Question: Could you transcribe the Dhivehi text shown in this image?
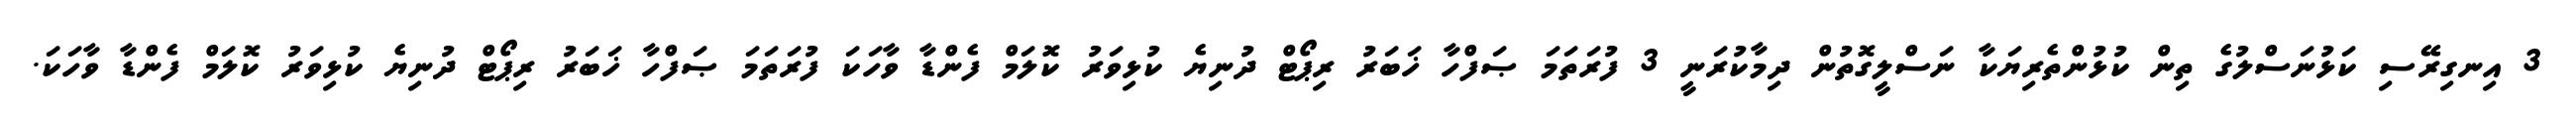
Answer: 3 އިނގިރޭސި ކަޅުނަސްލުގެ ތިން ކުޅުންތެރިޔަކާ ނަސްލީގޮތުން ދިމާކުރަނީ 3 ފުރަތަމަ ޞަފްހާ ޚަބަރު ރިޕޯޓް ދުނިޔެ ކުޅިވަރު ކޮލަމް ފެންޑާ ވާހަކަ ފުރަތަމަ ޞަފްހާ ޚަބަރު ރިޕޯޓް ދުނިޔެ ކުޅިވަރު ކޮލަމް ފެންޑާ ވާހަކަ.